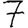
Digit: 7